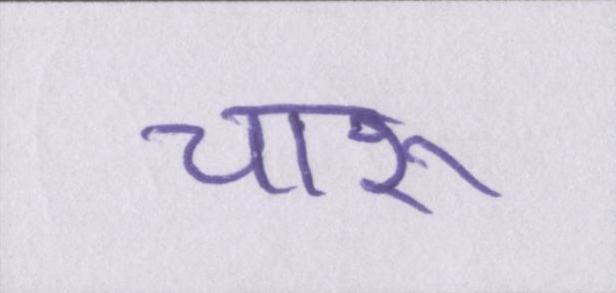
चारू